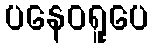
ပနေဝရူပေ